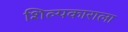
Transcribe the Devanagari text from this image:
शिल्पकाराला